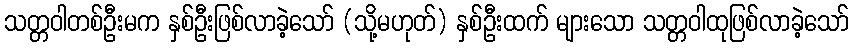
သတ္တဝါတစ်ဦးမက နှစ်ဦးဖြစ်လာခဲ့သော် (သို့မဟုတ်) နှစ်ဦးထက် များသော သတ္တဝါထုဖြစ်လာခဲ့သော်